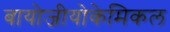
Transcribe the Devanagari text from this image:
बायोजीयोकेमिकल